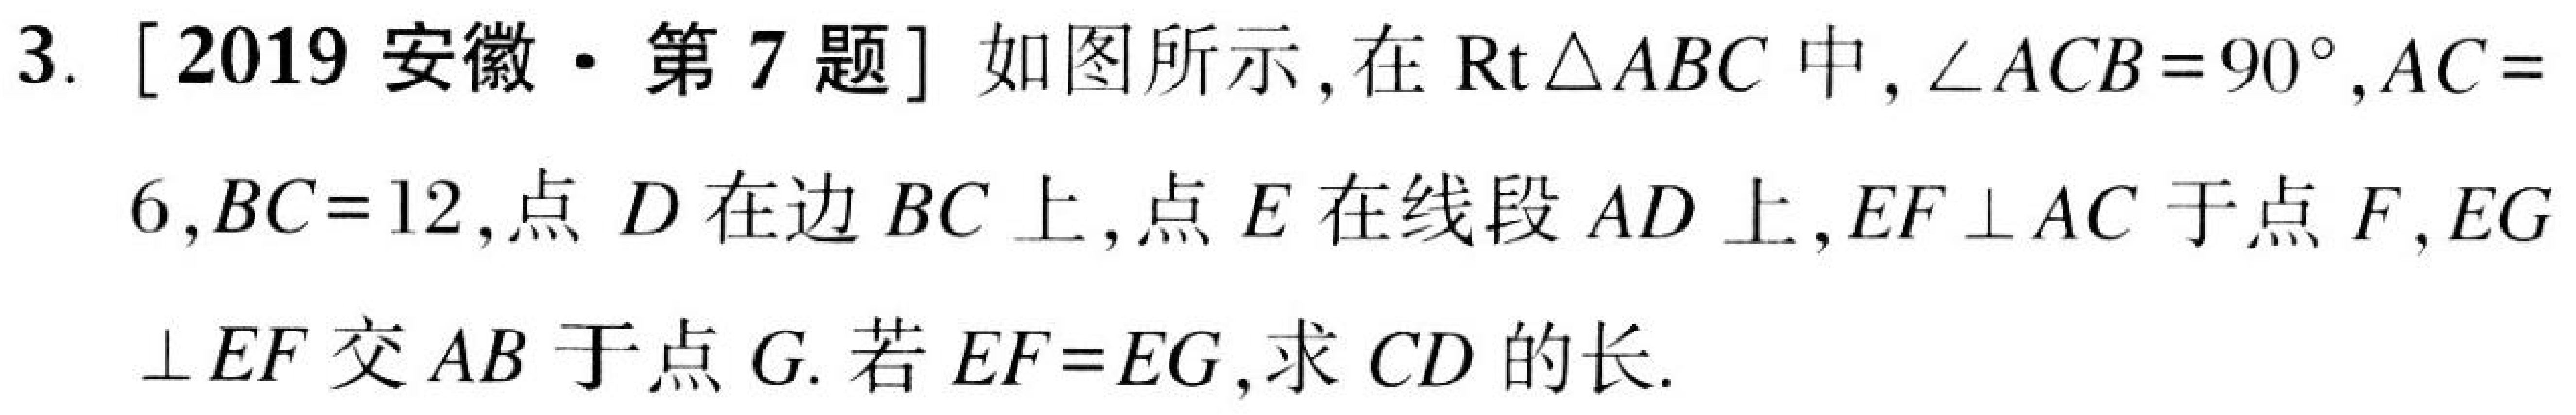
3. [2019 安徽·第 7 题] 如图所示，在$\text{Rt}\triangle ABC$中，$\angle ACB = 90^{\circ},AC = 6,BC = 12,$点$D$在边$BC$上，点$E$在线段$AD$上，$EF\perp AC$于点$F$，$EG\perp EF$交$AB$于点$G$. 若$EF = EG$，求$CD$的长.